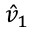
\hat { v } _ { 1 }